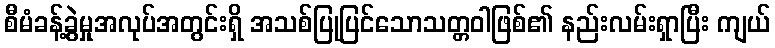
စီမံခန့်ခွဲမှုအလုပ်အတွင်းရှိ အသစ်ပြုပြင်သောသတ္တဝါဖြစ်၏ နည်းလမ်းရှာပြီး ကျယ်